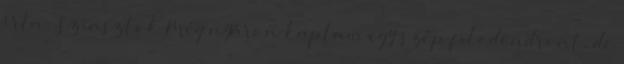
írta: Sziasztok Még nyáron kaptam egy szép filodendront, de